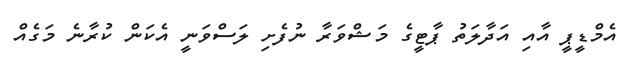
އެމްޑީޕީ އާއި އަދާލަތު ޕާޓީގެ މަޝްވަރާ ނުފެށި ލަސްވަނީ އެކަން ކުރާނެ މަގެއް